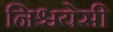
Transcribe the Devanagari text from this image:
निश्चयेसी